Annual report on the Civil Veterinary Department, Burma (including the Insein Veterinary School) - 1932-1941
Year: 1932
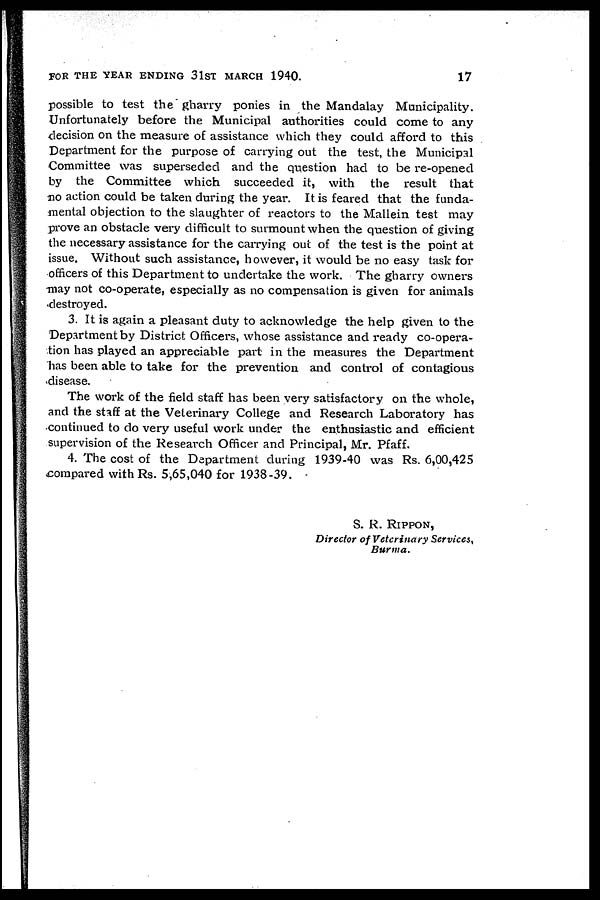
FOR THE YEAR ENDING 31ST MARCH 1940.
17
possible to test the gharry ponies in the Mandalay Municipality.
Unfortunately before the Municipal authorities could come to any
decision on the measure of assistance which they could afford to this
Department for the purpose of carrying out the test, the Municipal
Committee was superseded and the question had to be re-opened
by the Committee which succeeded it, with the result that
no action could be taken during the year. It is feared that the funda-
mental objection to the slaughter of reactors to the Mallein test may
prove an obstacle very difficult to surmount when the question of giving
the necessary assistance for the carrying out of the test is the point at
issue. Without such assistance, however, it would be no easy task for
officers of this Department to undertake the work. The gharry owners
may not co-operate, especially as no compensation is given for animals
destroyed.
3. It is again a pleasant duty to acknowledge the help given to the
Department by District Officers, whose assistance and ready co-opera-
tion has played an appreciable part in the measures the Department
has been able to take for the prevention and control of contagious
disease.
The work of the field staff has been very satisfactory on the whole,
and the staff at the Veterinary College and Research Laboratory has
continued to do very useful work under the enthusiastic and efficient
supervision of the Research Officer and Principal, Mr. Pfaff.
4. The cost of the Department during 1939-40 was Rs. 6,00,425
compared with Rs. 5,65,040 for 1938-39.
S. R. RIPPON,
Director of Veterinary
Services,
Burma.